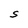
Character: S